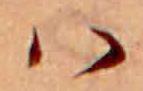
ハ